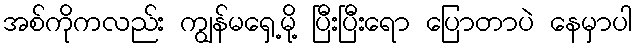
အစ်ကိုကလည်း ကျွန်မရှေ့မို့ ပြီးပြီးရော ပြောတာပဲ နေမှာပါ